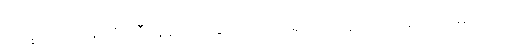
ဘိက္ခဝေ၊ ရဟန်းတို့။ ဟီနေန၊ ယုတ်သော လုံ့လ ရှိသော သူသည်။ အဂ္ဂဿ၊ မြတ်သော